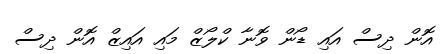
އޮން ދިސް އައި ޑޯން ވޮނާ ކްލޯޒް މައި އައިޒް އޮން ދިސް